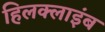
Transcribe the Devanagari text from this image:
हिलक्‍लाइंब